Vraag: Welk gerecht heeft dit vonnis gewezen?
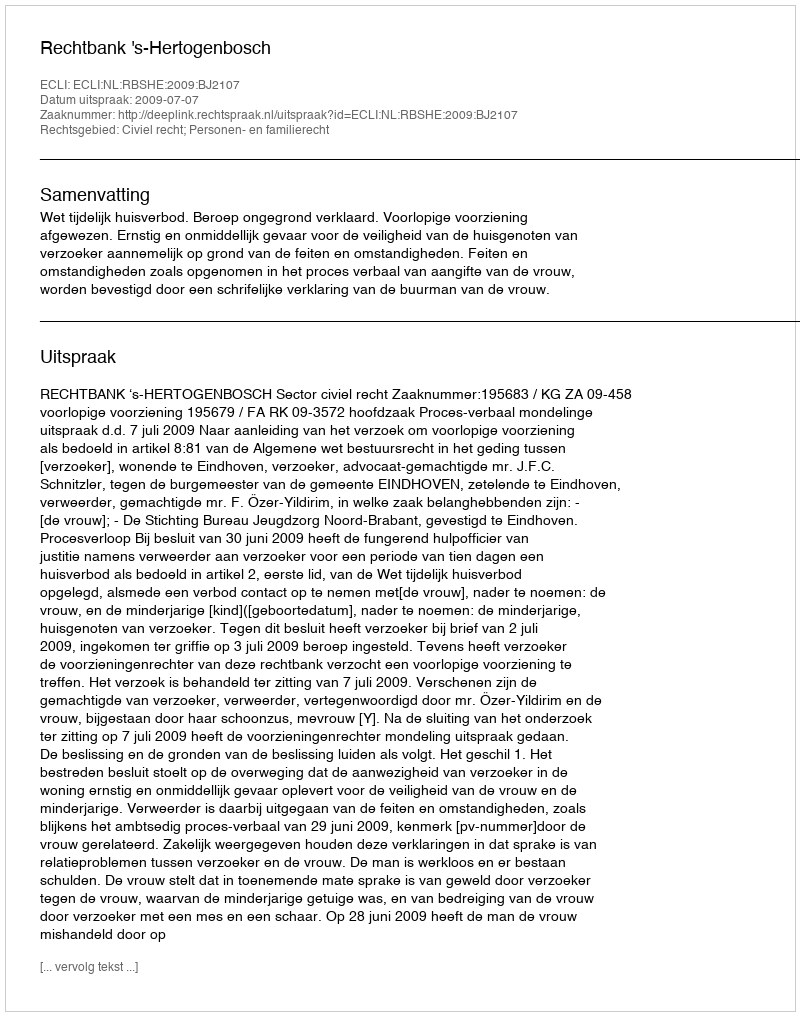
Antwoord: Rechtbank 's-Hertogenbosch